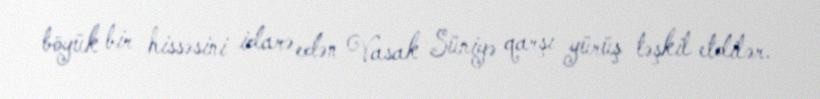
böyük bir hissəsini idarə edən Vasak Süniyə qarşı yürüş təşkil etdilər.